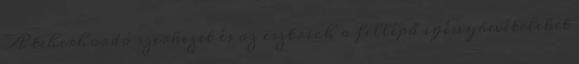
A teherhordó szerkezet és az esztrich a fellépő igénybevételeket